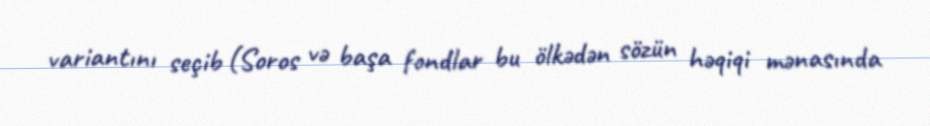
variantını seçib (Soros və başa fondlar bu ölkədən sözün həqiqi mənasında